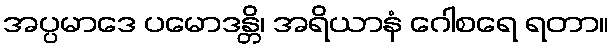
အပ္ပမာဒေ ပမောဒန္တိ၊ အရိယာနံ ဂေါစရေ ရတာ။